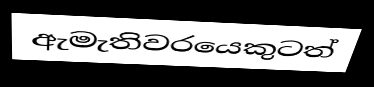
ඇමැතිවරයෙකුටත්